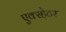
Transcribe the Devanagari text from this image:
एक्स्हेटर